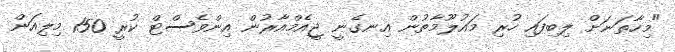
"މިހާތަނަށް ލިބިފައި ހުރި މައުލޫމާތުން އިނގެނީ ޖީއެމްއާރުން އިންވެސްޓް ކުރީ 150 މިލިއަން